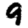
Digit: 9